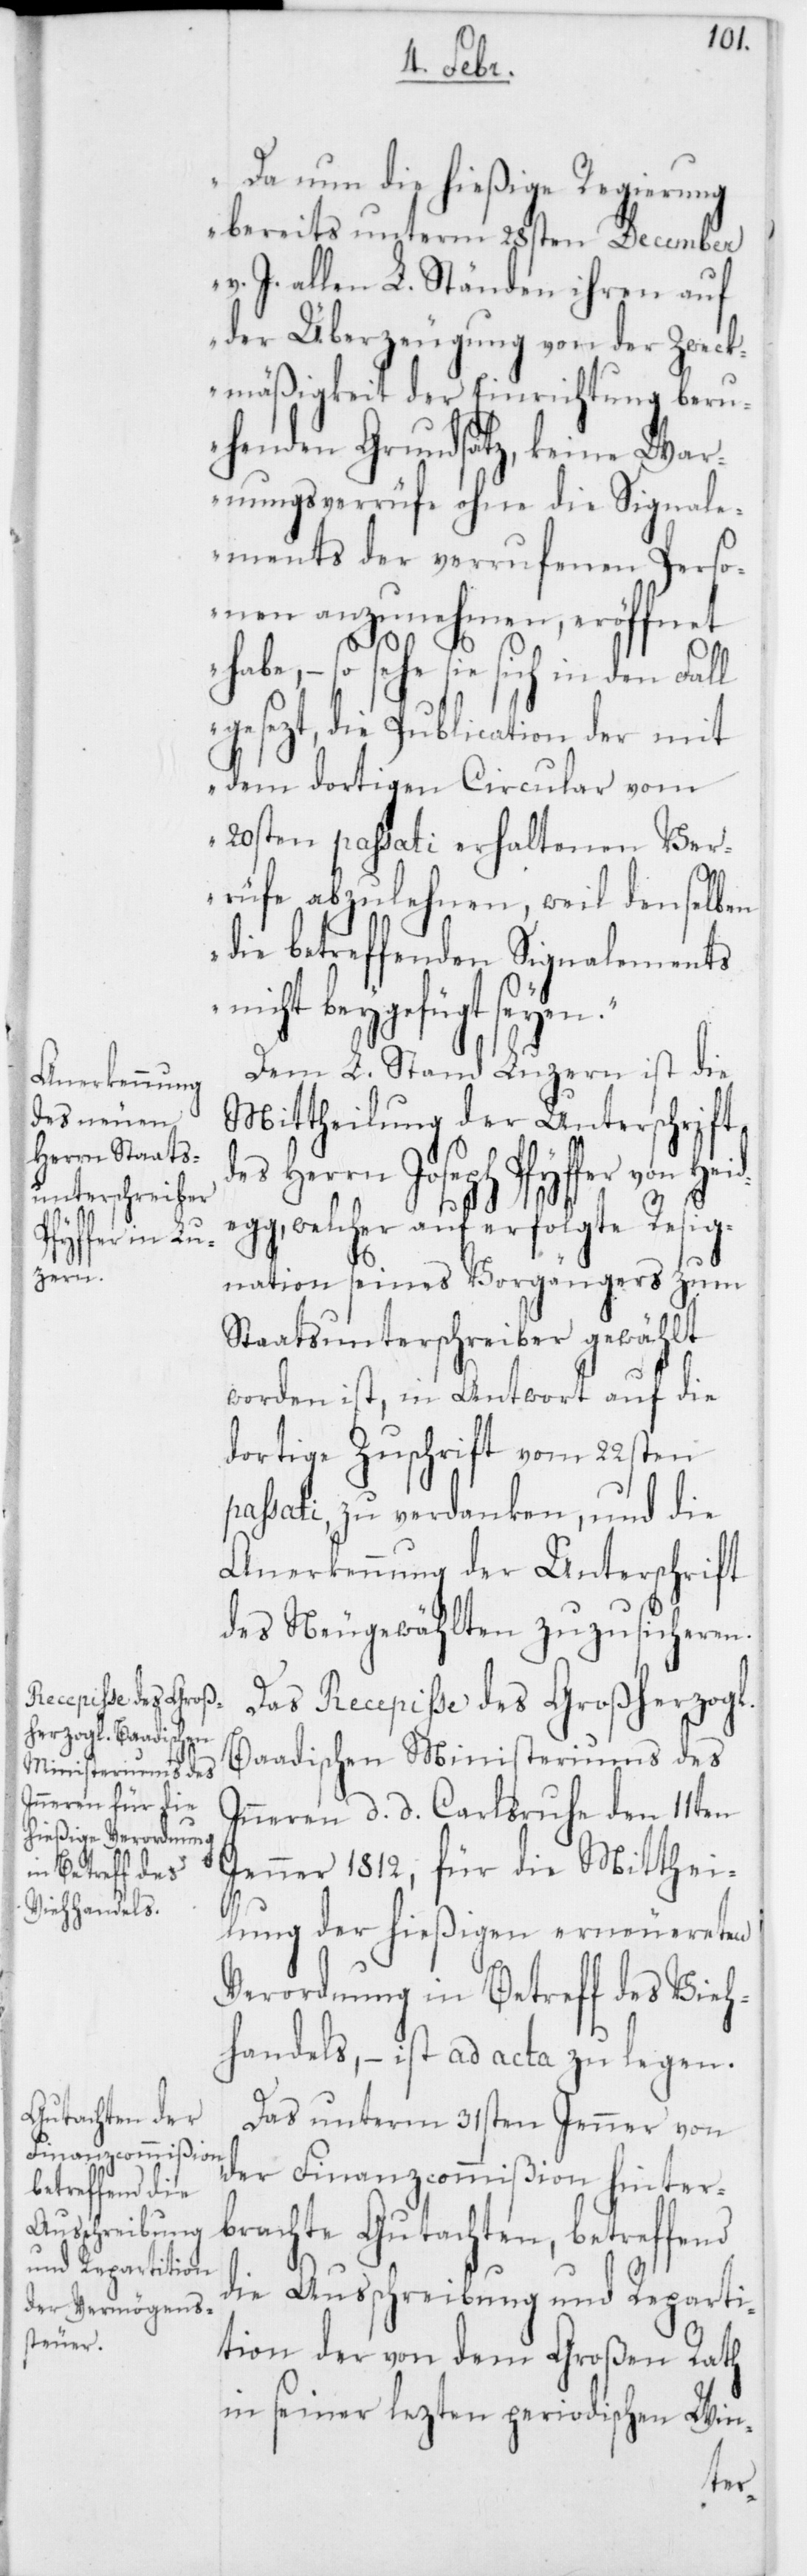
Her¬

Da nun die hießige Regierung
bereits unterm 28sten December
v. J. allen L. Ständen ihren auf
der Überzeugung von der Zweck¬
mäßigkeit der Einrichtung beru¬
henden Grundsatz, keine War¬
nungsverrüfe ohne die Signal¬
ements der verrufenen Perso¬
nen anzunehmen, eröffnet
habe, – so sehe sie sich in den
gesezt, die Publication der mit
dem dortigen Circular vom
20sten passati erhaltenen Ver¬
des
rüfe abzulehnen, weil denselben
die betreffenden Signalements
nicht beygefügt seyen.“
Dem L. Stand Luzern ist die
Mittheilung der Unterschrift
rn Joseph Pfyffer von Heide¬
gg, welcher auf erfolgte Resig¬
nation seines Vorgängers zum
Staatsunterschreiber gewählt
worden ist, in Antwort auf die
dortige Zuschrift vom 22sten
passati, zu verdanken, und die
Anerkennung der Unterschrift
des Neugewählten zuzusicheren.
Das Recepiße des Großherzogl.
Baadischen Ministeriums des
Inneren d. d. Carlsruhe den 11ten
Jenner 1812, für die Mitthei¬
lung der hießigen erneuereten
Verordnung in Betreff des Vieh¬
handels, – ist ad acta zu legen.
Das unterm 31sten Jenner von
der Finanzcommißion hinter¬
brachte Gutachten, betreffend
die Ausschreibung und Reparti¬
tion der von dem Großen Rath
in seiner lezten periodischen Win-